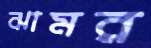
ঝামর